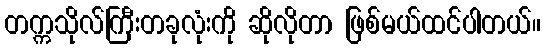
တက္ကသိုလ်ကြီးတခုလုံးကို ဆိုလိုတာ ဖြစ်မယ်ထင်ပါတယ်။